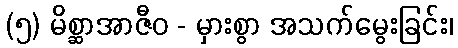
(၅) မိစ္ဆာအာဇီဝ - မှားစွာ အသက်မွေးခြင်း၊